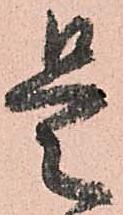
是